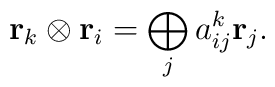
{\bf r}_k \otimes {\bf r}_i = \bigoplus\limits_j a_{ij}^k {\bf r}_j.